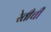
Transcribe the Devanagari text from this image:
रेतीची